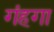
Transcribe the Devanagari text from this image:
गंहगा